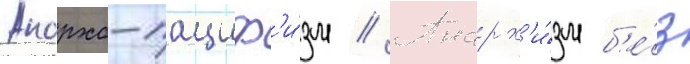
Анархо-пациф'и́зм // Анарх'и́зм б'е́з